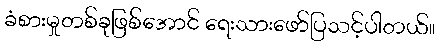
ခံစားမှုတစ်ခုဖြစ်အောင် ရေးသားဖော်ပြသင့်ပါတယ်။